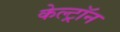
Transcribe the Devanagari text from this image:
केल्ट्रॉन